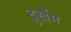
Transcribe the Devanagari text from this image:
दुर्खेम